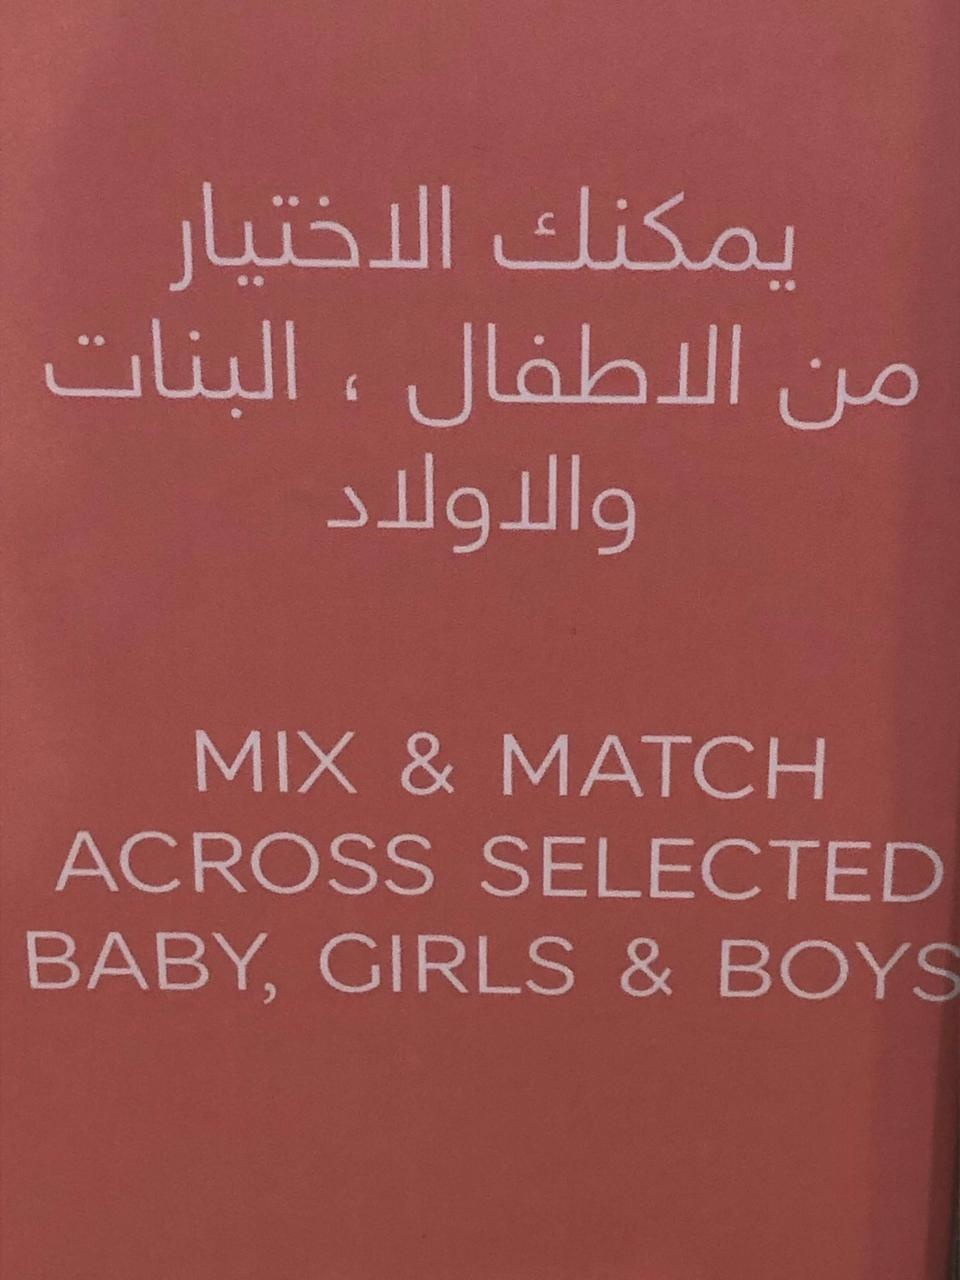
Text in image: الاختيار يمكنك البنات الاطفال من والاولاد MIX & MATCH ACROSS SELECTED BABY GIRLS & BOYS